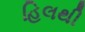
હિલથી